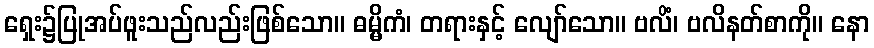
ရှေး၌ပြုအပ်ဖူးသည်လည်းဖြစ်သော။ ဓမ္မိကံ၊ တရားနှင့် လျော်သော။ ဗလိံ၊ ဗလိနတ်စာကို။ နော